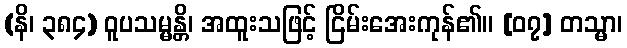
(နိ၊ ၃၈၄) ဝူပသမ္မန္တိ၊ အထူးသဖြင့် ငြိမ်းအေးကုန်၏။ [၀၇] တသ္မာ၊